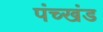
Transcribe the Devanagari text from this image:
पंच्खंड